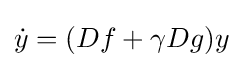
{\dot {y}}=(Df+\gamma Dg)y